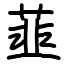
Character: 韮